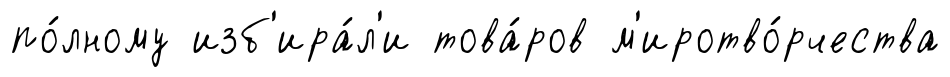
по́лному изб'ира́л'и това́ров м'иротво́рчества